Indian Medical Review
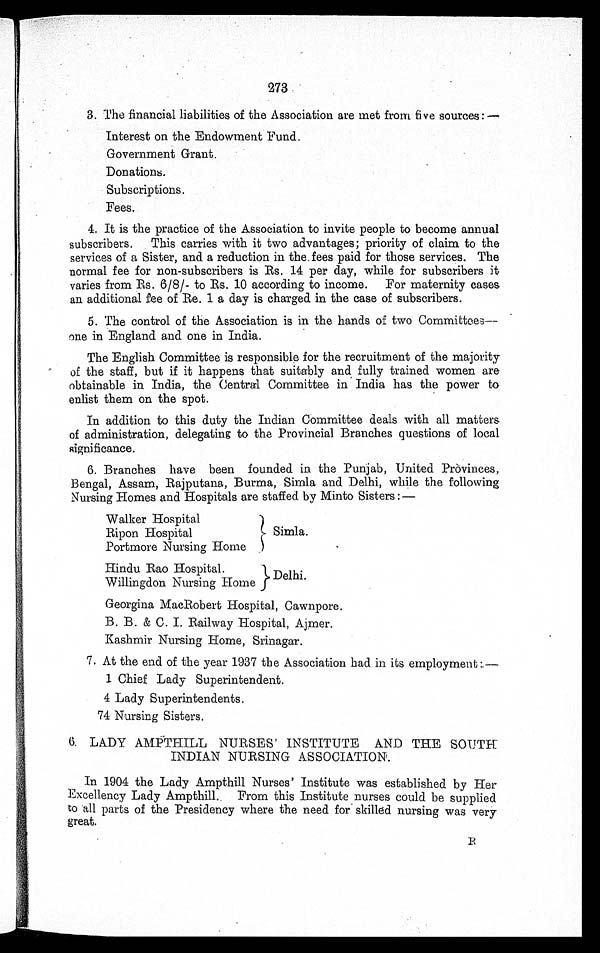
273
3. The financial liabilities of the Association are met from five sources:
—
Interest on the Endowment Fund.
Government Grant.
Donations.
Subscriptions.
Fees.
4. It is the practice of the Association to invite people to become annual
subscribers. This carries with it two advantages; priority of claim to the
services of a Sister, and a reduction in the fees paid for those services. The
normal fee for non-subscribers is Rs. 14 per day, while for subscribers it
varies from 6/8/- to Rs. 10 according to income. For maternity cases
an additional fee of Re. 1 a day is charged in the case of subscribers.
5. The control of the Association is in the hands of two Committees
—
one in England and one in India.
The English Committee is responsible for the recruitment of the majority
of the staff, but if it happens that suitably and fully trained women are
obtainable in India, the Central Committee in India has the power to
enlist them on the spot.
In addition to this duty the Indian Committee deals with all matters
of administration, delegating to the Provincial Branches questions of local
significance.
6. Branches have been founded in the Punjab, United Pròvinces,
Bengal, Assam, Rajputana, Burma, Simla and Delhi, while the following
Nursing Homes and Hospitals are staffed by Minto Sisters :—
Walker Hospital
Simla.
Ripon Hospital
Portmore Nursing Home
Hindu Rao Hospital.
Delhi.
Willingdon Nursing Home
Georgina MacRobert Hospital, Cawnpore.
B. B. & C. I. Railway Hospital, Ajmer.
Kashmir Nursing Home, Srinagar.
7. At the end of the year 1937 the Association had in its employment :
—
1 Chief Lady Superintendent.
4 Lady Superintendents.
74 Nursing Sisters.
6. LADY AMPTHILL NURSES' INSTITUTE AND THE SOUTH
INDIAN NURSING ASSOCIATION.
In 1904 the Lady Ampthill Nurses' Institute was established by Her
Excellency Lady Ampthill. From this Institute nurses could be supplied
to all parts of the Presidency where the need for skilled nursing was very
great.
R